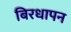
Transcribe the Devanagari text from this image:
बिरधापन